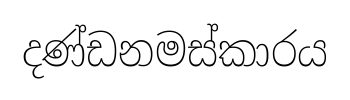
දණ්ඩනමස්කාරය